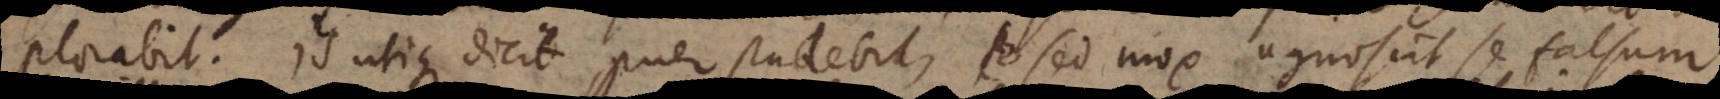
plorabit, is utique dicit, puer studebit, sed mox agnoscit se falsum